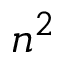
n ^ { 2 }